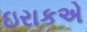
ઇરાકએ